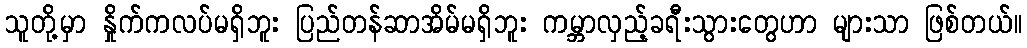
သူတို့မှာ နှိုက်ကလပ်မရှိဘူး ပြည်တန်ဆာအိမ်မရှိဘူး ကမ္ဘာလှည့်ခရီးသွားတွေဟာ များသာ ဖြစ်တယ်။